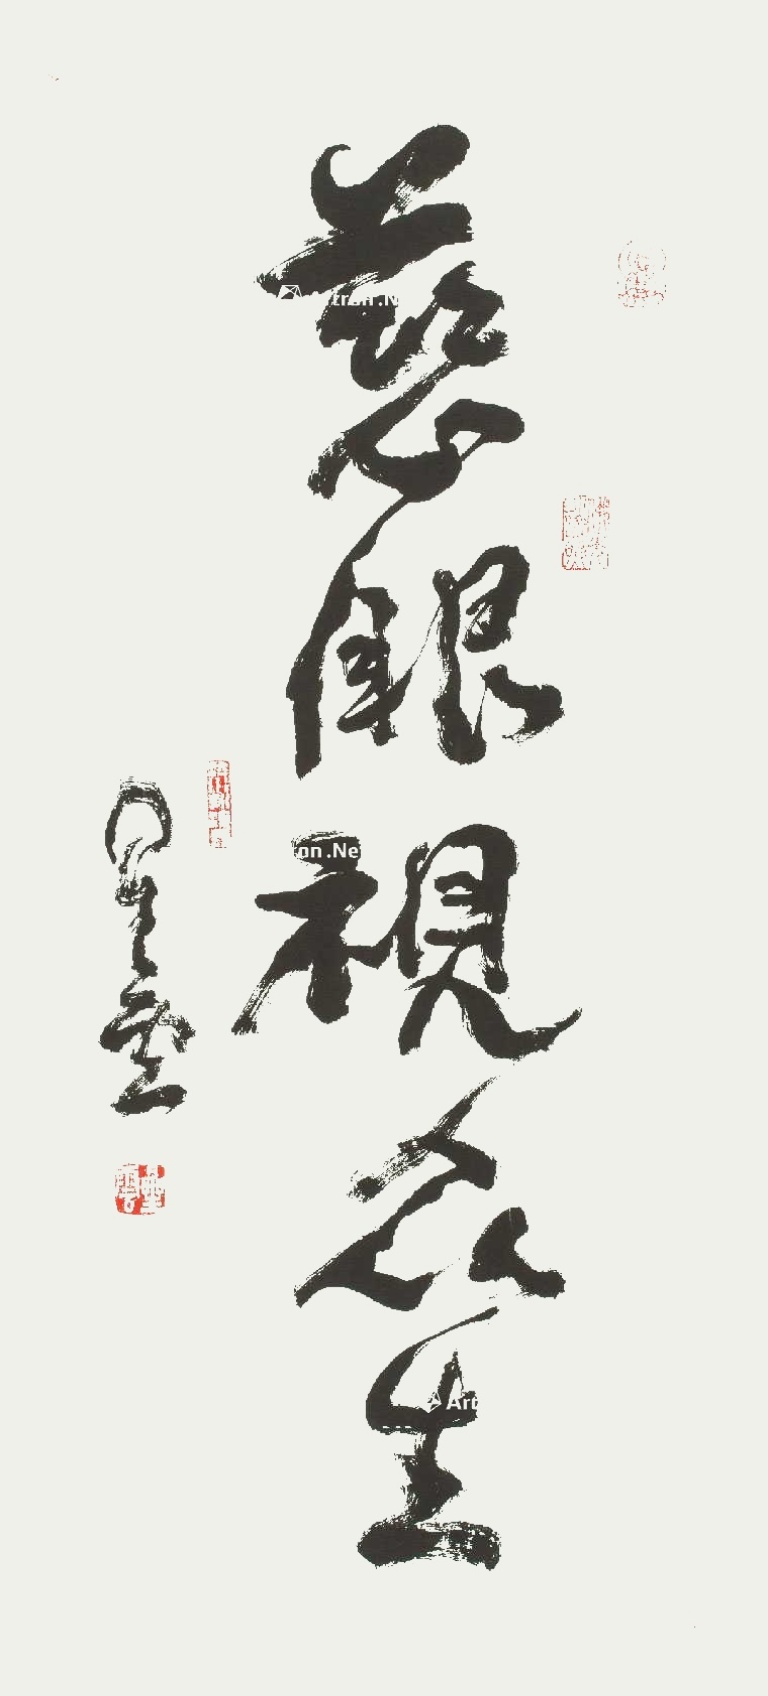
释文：慈眼视众生星云